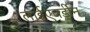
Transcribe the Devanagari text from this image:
लाईएबर्डीन